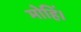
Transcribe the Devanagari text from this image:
मोहिं।